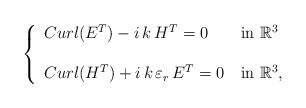
\begin{align*}\left \{\begin{array}{llrr}Curl(E^{T}) - i \, k \, H^{T} = 0 \, & \mbox{in } \mathbb{R}^3 \\\\Curl(H^{T}) + i \, k \, \varepsilon_{r} \, E^{T} = 0 \, & \mbox{in } \mathbb{R}^3,\end{array} \right.\end{align*}